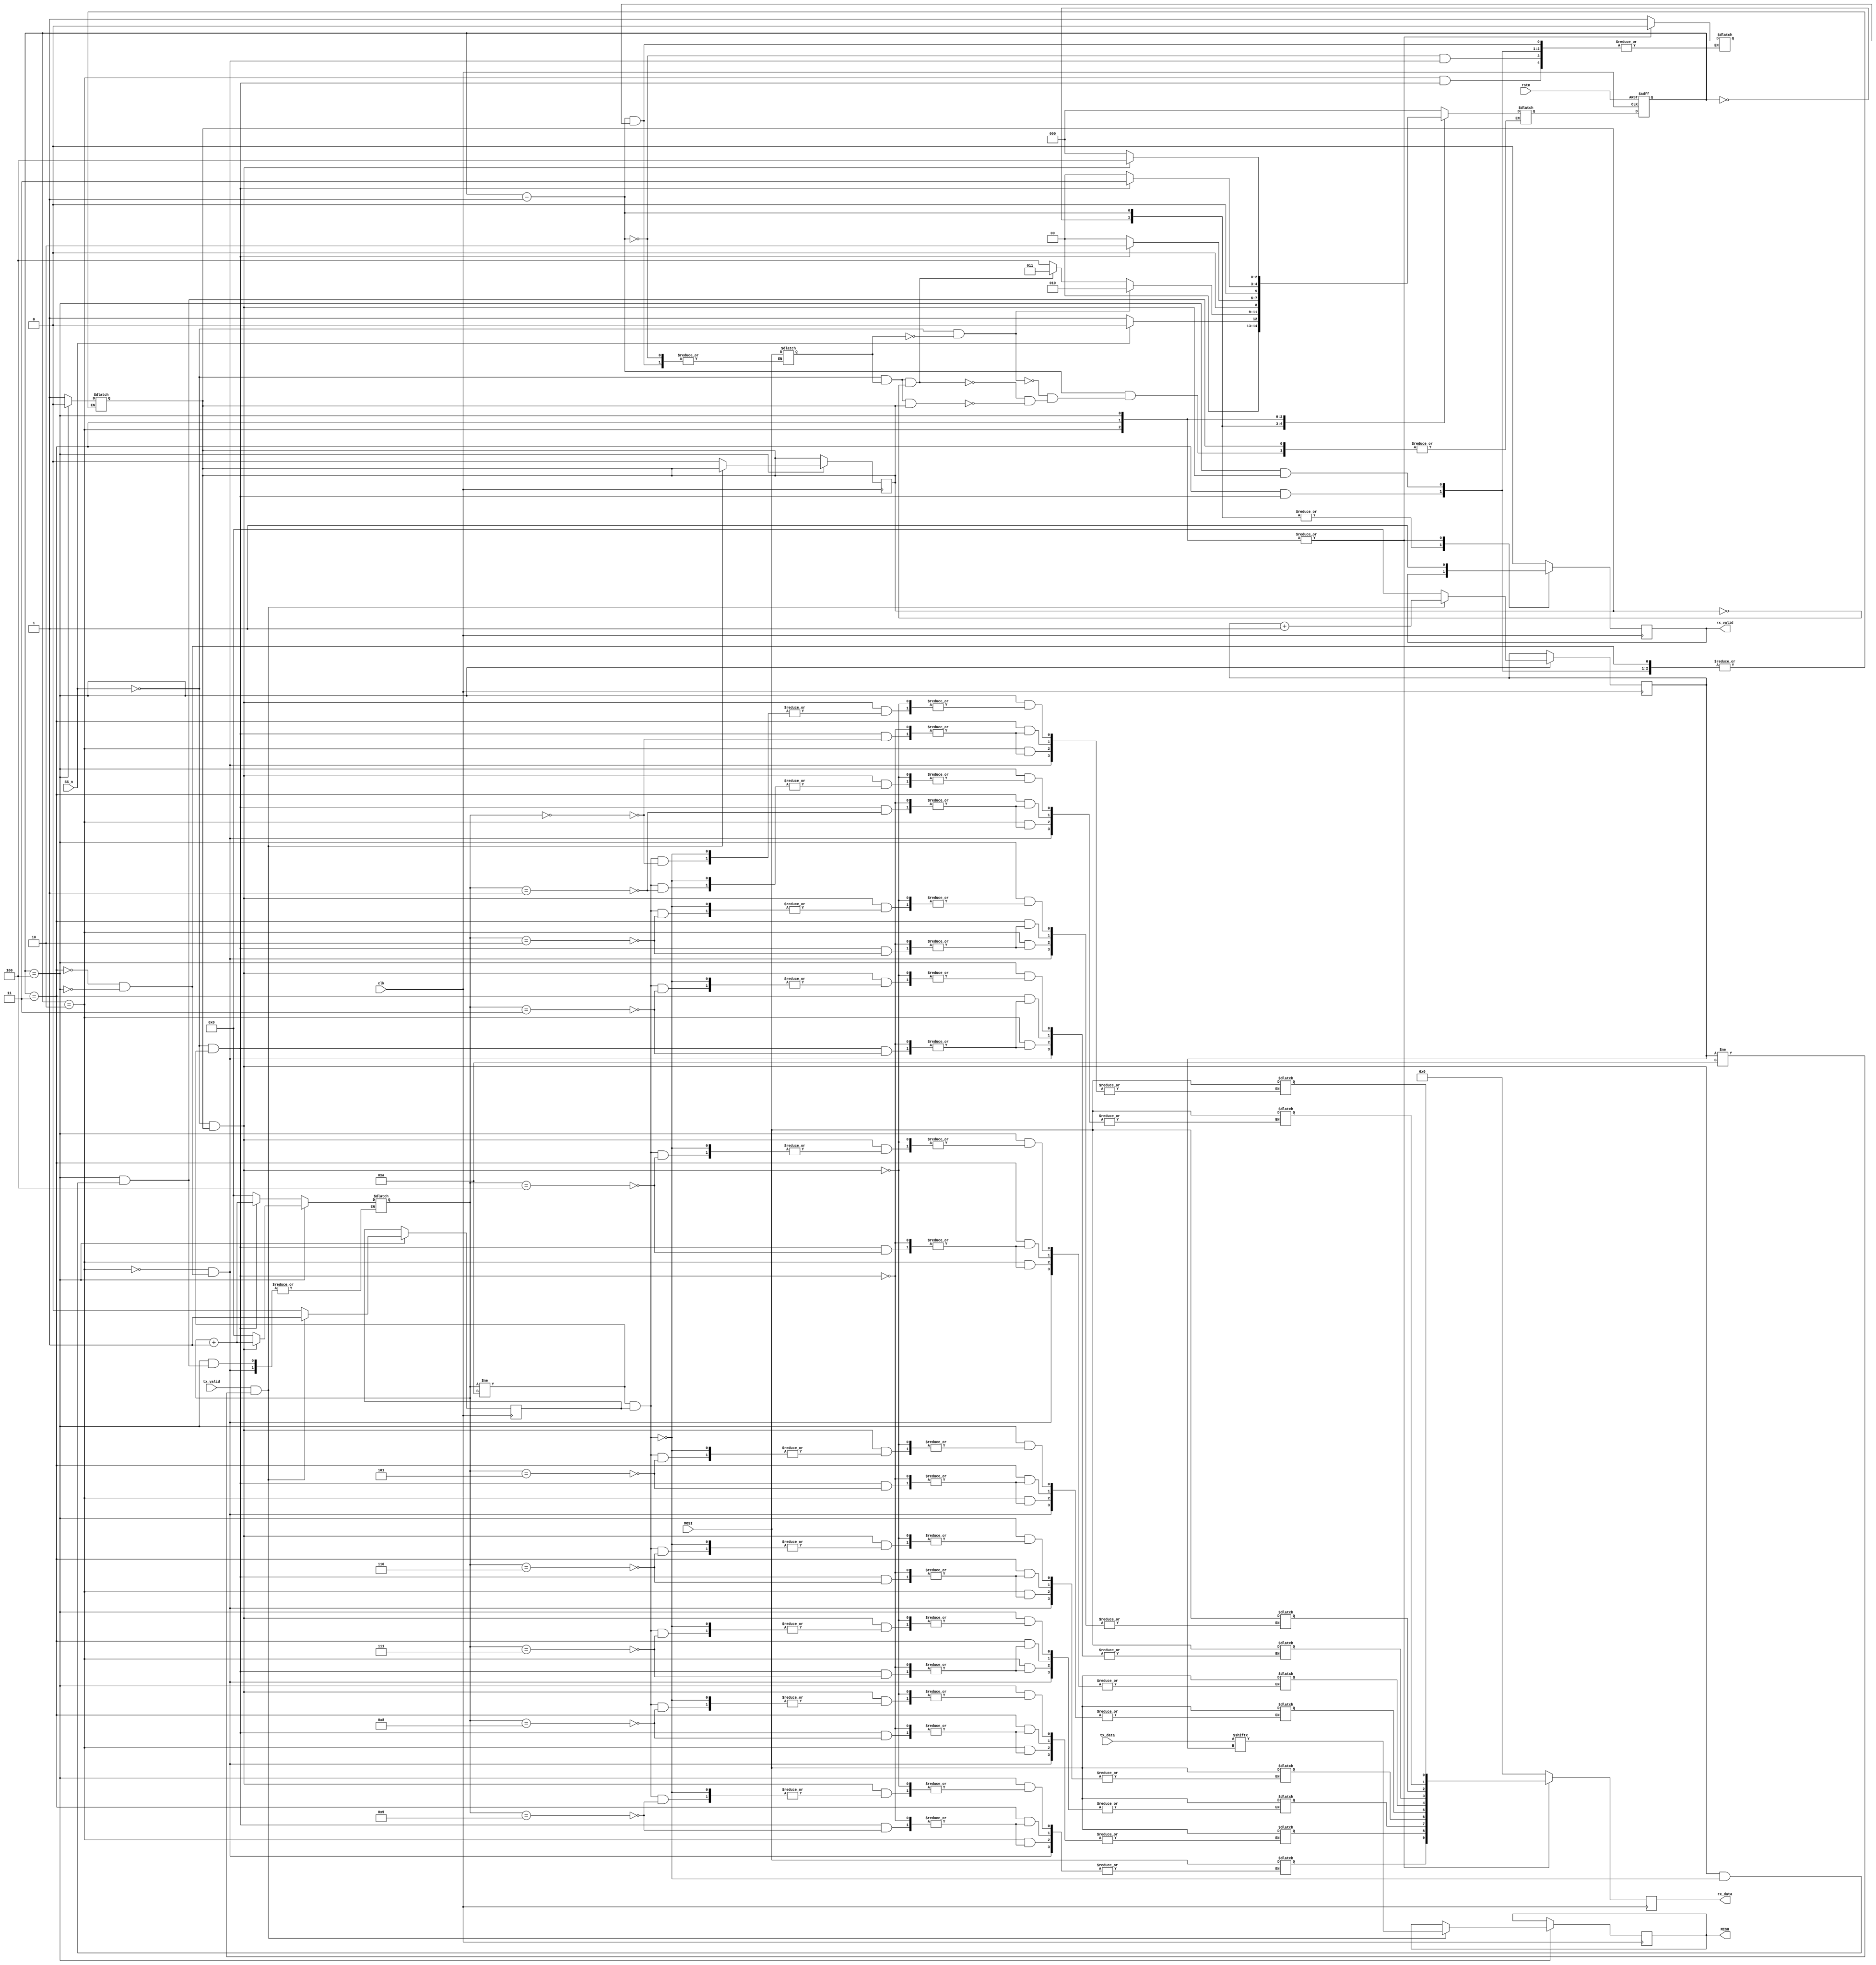
module SPI_SLAVE(MOSI,MISO,SS_n,clk,rstn,rx_data,rx_valid,tx_data,tx_valid);
	//FSM parameters
	parameter IDLE=3'b000;
	parameter CHK_CMD=3'b001;
	parameter WRITE=3'b010;
	parameter READ_ADD=3'b011;
	parameter READ_DATA=3'b100;
	
	//SPI_SLAVE parameters
	input MOSI,SS_n,clk,rstn;
	input [7:0] tx_data;
	input tx_valid;
	output reg rx_valid;
	output reg [9:0] rx_data;
	output reg MISO;
	reg [3:0] counter=4'b0000; 
	reg [3:0] RAM_counter=4'b0000;
	reg [9:0] storage,RAM_storage;
	reg cmd;
	reg data_flag = 0;
	reg rd_flag=0;
	reg check_bit =0;
	reg [2:0] cs,ns;

	//next state logic
	always @(cs,MOSI) begin
		case(cs)
			IDLE: 
			if(SS_n) begin
				ns<=IDLE;
			end
			else begin
				ns<=CHK_CMD;
			end
			CHK_CMD:  begin
				if(~check_bit) begin
					cmd<=MOSI;
					check_bit<=1;
				end
				if (SS_n==0 && cmd == 0 ) begin
					ns<=WRITE;
				end
				else if(SS_n==0 && cmd==1 && rd_flag==0) begin
					ns<=READ_ADD;
				end
				else if(SS_n==0 && cmd==1 && rd_flag==1) begin
					ns<=READ_DATA;
				end
			end
			WRITE:
				if(SS_n==0 && counter !=4'b1010) begin
						storage[counter]<=MOSI;
						counter<=counter+1;
						ns<=WRITE;
				end
				else begin
					counter=4'b0000;
					check_bit<=0;
					ns<=IDLE;
				end
			READ_ADD: 
				if(SS_n==0 && counter!=4'b1010) begin
					storage[counter]<=MOSI;
					counter=counter+1;
					ns<=READ_ADD;
				end
				else begin
					counter=4'b0000;
					check_bit<=0;
					rd_flag<=1;
					ns<=IDLE;
				end
			READ_DATA: 
				if(SS_n==0  && rd_flag==1) begin
					if(counter!=4'b1010 & data_flag==1) begin
						storage[counter]<=MOSI;
						counter<=counter+1;
						ns<=READ_DATA;
					end
				end
				else begin
					rd_flag<=0;
					counter=4'b0000;
					check_bit<=0;
					ns<=IDLE;
				end
			default: ns<=IDLE;
		endcase
	end

	//state memory 
	always @(posedge clk or negedge rstn) begin
		if (~rstn) begin
			cs<=IDLE;
		end
		else  begin
			cs<=ns;
		end
	end

	//output logic
	always @(posedge clk) begin
			case(cs)
				IDLE: rx_data<=0;
				CHK_CMD: rx_data<=0;
				WRITE: begin
					rx_data<=storage;
					//if(counter==4'b1001) begin
					rx_valid<=1;
					//end
				end
				READ_ADD: begin
					rx_data<=storage;
					rx_valid<=1;
				end
				READ_DATA: begin
					// $monitor("tx_valid=%b data_flag=%b RAM_counter=%d",tx_valid,data_flag,RAM_counter);
					rx_data<=storage;
					rx_valid<=1;
					if (tx_valid==1 && RAM_counter!=4'b1010) begin
						data_flag<=1;
						MISO<=tx_data[RAM_counter];
						RAM_counter<=RAM_counter+1;
					end
					else begin
						RAM_counter<=0;
						rd_flag<=0;
						data_flag<=0;
					end
				end
				default: begin	
					rx_data<=0;
					rx_valid<=0;
				end
			endcase
	end
endmodule